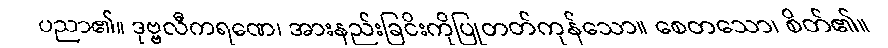
ပညာ၏။ ဒုဗ္ဗလီကရဏေ၊ အားနည်းခြငိးကိုပြုတတ်ကုန်သော။ စေတသော၊ စိတ်၏။